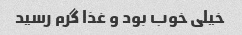
خیلی خوب بود و غذا گرم رسید